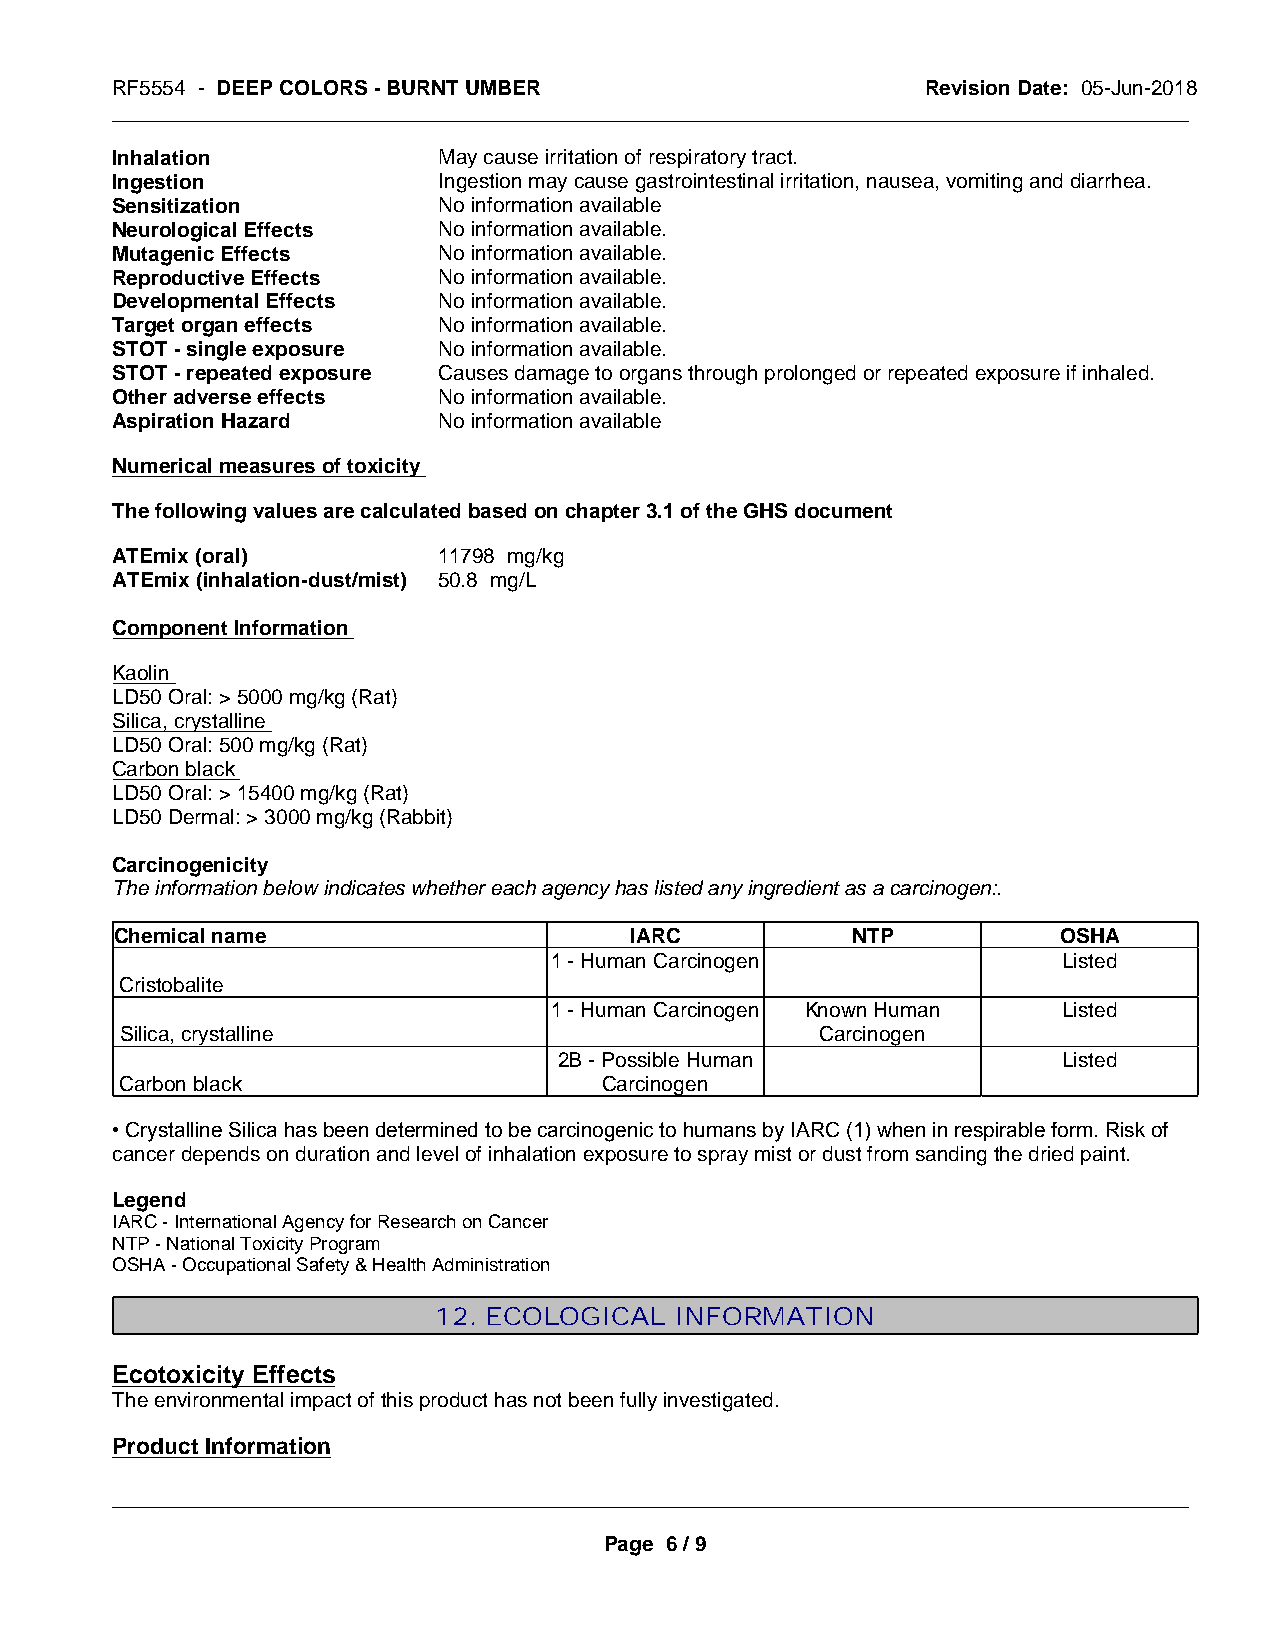
RF5554 - DEEP COLORS - BURNT UMBER                    Revision Date: 05-Jun-2018
 _____________________________________________________________________________________________
 Inhalation            May cause irritation of respiratory tract.
 Ingestion             Ingestion may cause gastrointestinal irritation, nausea, vomiting and diarrhea.
 Sensitization         No information available
 Neurological Effects  No information available.
 Mutagenic Effects     No information available.
 Reproductive Effects  No information available.
 Developmental Effects No information available.
 Target organ effects  No information available.
 STOT - single exposure No information available.
 STOT - repeated exposure Causes damage to organs through prolonged or repeated exposure if inhaled.
 Other adverse effects No information available.
 Aspiration Hazard     No information available
 Numerical measures of toxicity
 The following values are calculated based on chapter 3.1 of the GHS document
 ATEmix (oral)         11798 mg/kg
 ATEmix (inhalation-dust/mist) 50.8 mg/L
 Component Information
 Kaolin
 LD50 Oral: > 5000 mg/kg (Rat)
 Silica, crystalline
 LD50 Oral: 500 mg/kg (Rat)
 Carbon black
 LD50 Oral: > 15400 mg/kg (Rat)
 LD50 Dermal: > 3000 mg/kg (Rabbit)
 Carcinogenicity
 The information below indicates whether each agency has listed any ingredient as a carcinogen:.
 Chemical name                     IARC          NTP           OSHA
 1 - Human Carcinogen              Listed
 Cristobalite
 1 - Human Carcinogen Known Human  Listed
 Silica, crystalline                           Carcinogen
 2B - Possible Human              Listed
 Carbon black                    Carcinogen
 • Crystalline Silica has been determined to be carcinogenic to humans by IARC (1) when in respirable form. Risk of
 cancer depends on duration and level of inhalation exposure to spray mist or dust from sanding the dried paint.
 Legend
 IARC - International Agency for Research on Cancer
 NTP - National Toxicity Program
 OSHA - Occupational Safety & Health Administration
 12. ECOLOGICAL  INFORMATION
 Ecotoxicity Effects
 The environmental impact of this product has not been fully investigated.
 Product Information
 _____________________________________________________________________________________________
 Page 6 / 9